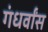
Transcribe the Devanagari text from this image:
गंधर्वांस